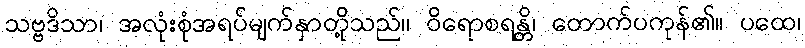
သဗ္ဗဒိသာ၊ အလုံးစုံအရပ်မျက်နှာတို့သည်။ ဝိရောစရန္တိ၊ တောက်ပကုန်၏။ ပထေ၊